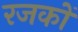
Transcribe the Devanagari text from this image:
रजकों